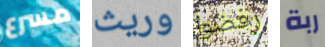
مسرع وريث رفضوا ربة